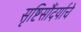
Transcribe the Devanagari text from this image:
सृष्टिसौंदर्याचे